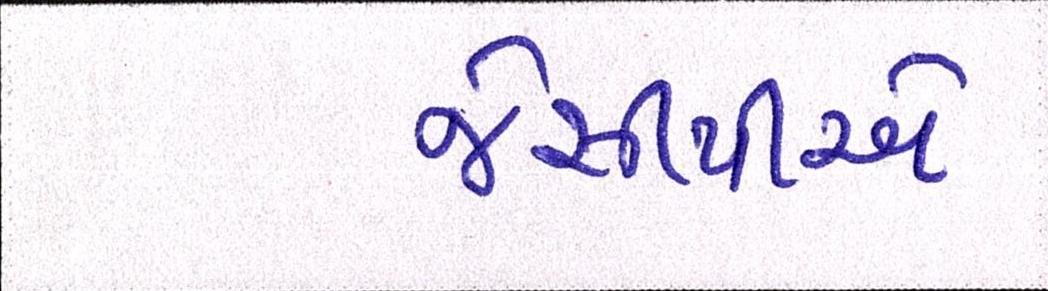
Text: જેસીપીએ